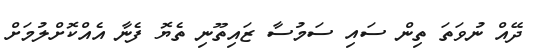
ދޭއް ނުވަތަ ތިން ސައި ސަމުސާ ޒައިތޫނި ތެޔޮ ފެނާ އެއްކޮށްލުމަށް